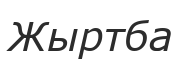
Жыртба